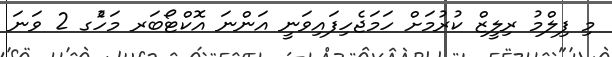
މި ފިލްމު ރިލީޒް ކުރުމަށް ހަމަޖެހިފައިވަނީ އަންނަ އޮކްޓޯބަރ މަހުެގ 2 ވަނަ